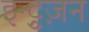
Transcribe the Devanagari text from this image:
इन्ट्रुज़न